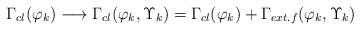
LaTeX: \begin{align*}\Gamma_{cl}(\varphi_k) \longrightarrow \Gamma_{cl}(\varphi_k, \Upsilon_k) = \Gamma_{cl}(\varphi_k) + \Gamma_{ext.f} (\varphi_k , \Upsilon_k)\end{align*}